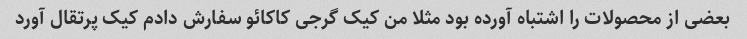
بعضی از محصولات را اشتباه آورده بود مثلا من کیک گرجی کاکائو سفارش دادم کیک پرتقال آورد